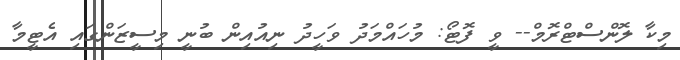
މިކާ ލޮންސްޓްރޮމް-- ވީ ފޮޓޯ: މުހައްމަދު ވަހީދު ނިއުއިން ބުނީ މިސީޒަންގައި އެޓީމާ